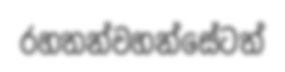
රහතන්වහන්සේටත්